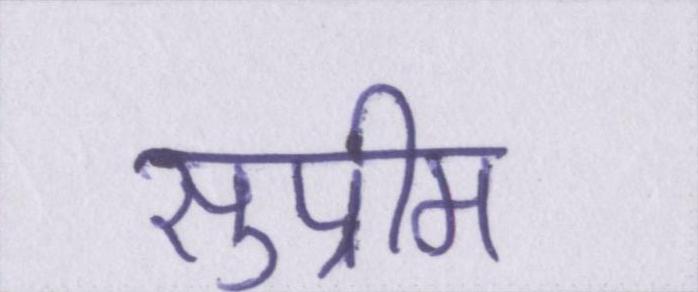
सुप्रीम